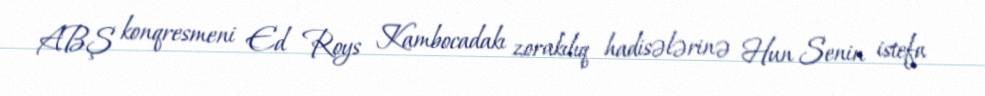
ABŞ konqresmeni Ed Roys Kambocadakı zorakılıq hadisələrinə Hun Senin istefa